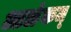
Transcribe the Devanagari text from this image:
आळंकम्